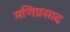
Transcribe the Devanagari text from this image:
मणिप्रसाद